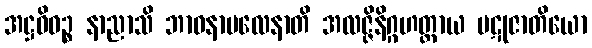
အဋ္ဌဝိဓဉ္စ နာညာသိ ဘာဝနာဗလေနာတိ အလဇ္ဇိနိဂ္ဂဟတ္ထာယ ပဋုဇာတိယော